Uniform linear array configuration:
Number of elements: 8
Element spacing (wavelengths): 1
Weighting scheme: hann
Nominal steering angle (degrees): -15
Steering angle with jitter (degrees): -13.197
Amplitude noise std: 0.05
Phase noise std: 0.05

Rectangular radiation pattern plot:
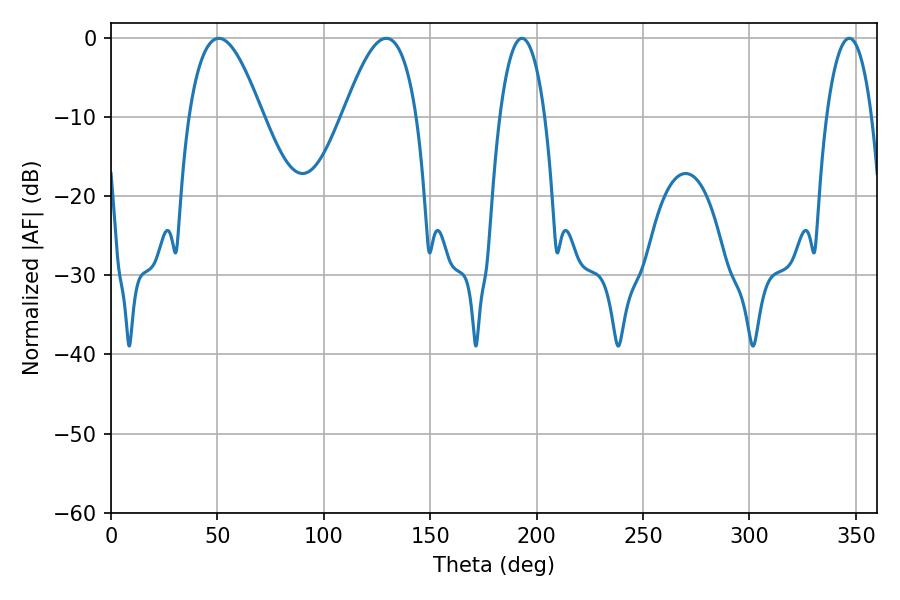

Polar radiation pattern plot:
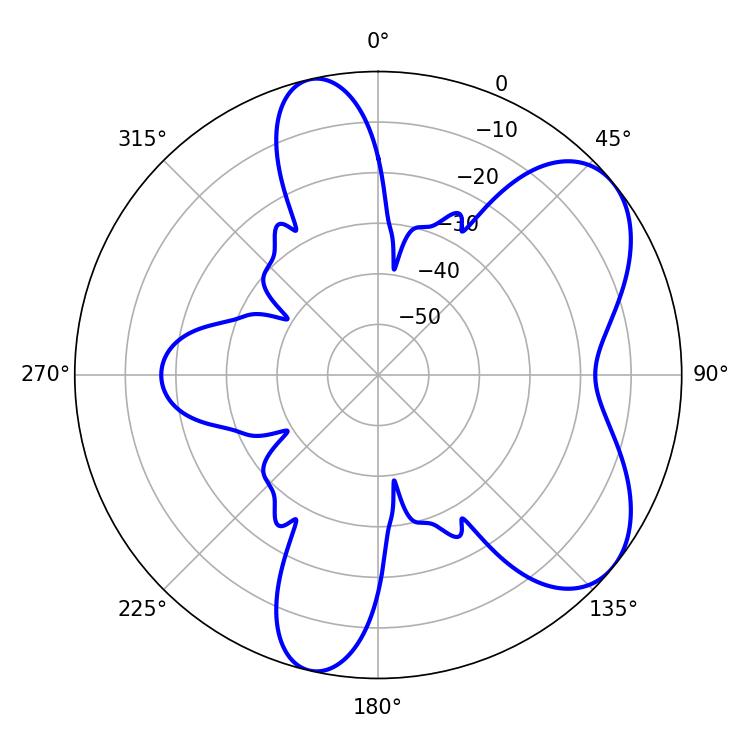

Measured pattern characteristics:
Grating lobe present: TRUE
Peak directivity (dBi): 6.34
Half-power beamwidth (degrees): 11.88
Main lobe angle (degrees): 193.14